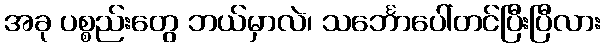
အခု ပစ္စည်းတွေ ဘယ်မှာလဲ၊ သင်္ဘောပေါ်တင်ပြီးပြီလား